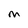
Character: M